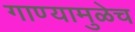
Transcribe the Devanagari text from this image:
गाण्यामुळेच